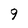
Character: 9